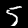
Label: 5